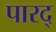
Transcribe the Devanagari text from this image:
पारद्